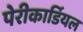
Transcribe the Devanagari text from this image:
पेरीकार्डियल